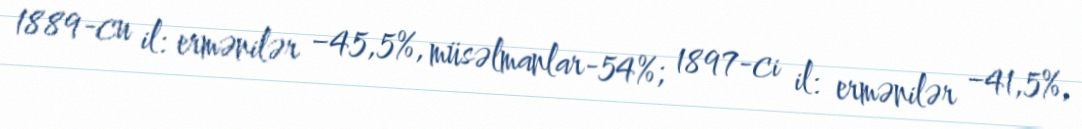
1889-cu il: ermənilər −45,5%, müsəlmanlar-54%; 1897-ci il: ermənilər −41,5%,